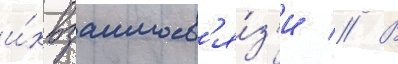
и́х взаимосв'я́з'и // В